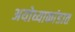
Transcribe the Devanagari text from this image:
अयोध्याकांडात